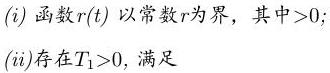
$(i)$ 函数$r(t)$ 以常数$r$为界，其中$r > 0$;

$(ii)$存在$T_1>0$，满足